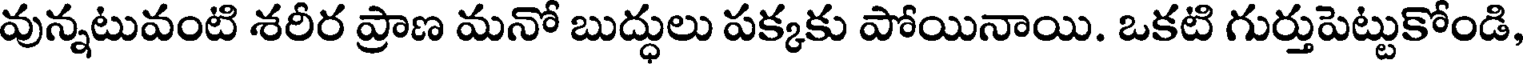
వున్నటువంటి శరీర ప్రాణ మనో బుద్ధులు పక్కకు పోయినాయి. ఒకటి గుర్తుపెట్టుకోండి,